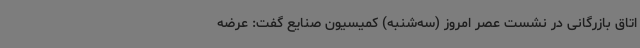
اتاق بازرگانی در نشست عصر امروز (سه‌شنبه) کمیسیون صنایع گفت: عرضه